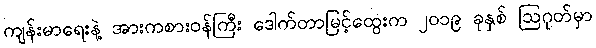
ကျန်းမာရေးနဲ့ အားကစားဝန်ကြီး ဒေါက်တာမြင့်ထွေးက ၂၀၁၉ ခုနှစ် ဩဂုတ်မှာ